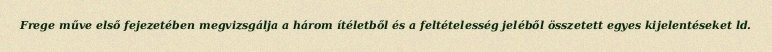
Frege műve első fejezetében megvizsgálja a három ítéletből és a feltételesség jeléből összetett egyes kijelentéseket ld.